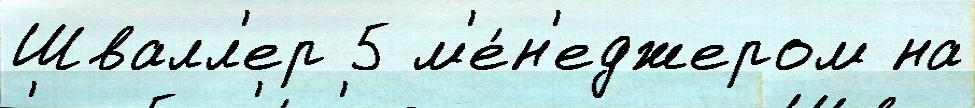
Швалл'ер 5 м'е́н'еджером на